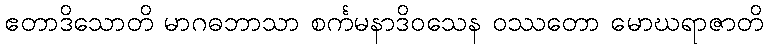
ဧတာဒိသောတိ မာဂဓဘာသာ စင်္ကမနာဒိဝသေန ဝဿတော မောဃရာဇာတိ